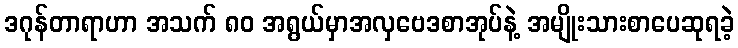
ဒဂုန်တာရာဟာ အသက် ၈၀ အရွယ်မှာအလှဗေဒစာအုပ်နဲ့ အမျိုးသားစာပေဆုရခဲ့